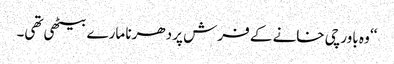
‘‘ وہ باورچی خانے کے فرش پر دھرنا مارے بیٹھی تھی۔